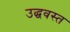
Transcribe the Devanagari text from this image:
उद्धवस्‍त